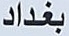
بغداد